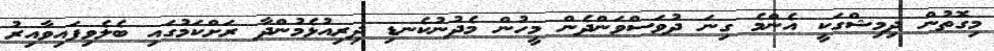
މިގޮތުން ދިމިޝްގަކީ އެންމެ ގިނަ ދުވަސްވަންދެން މީހުން މެދުނުކެނޑި ދިރިއުޅެމުންދާ ރަށްކަމުގައި ބެލެވިފައިވާއިރު